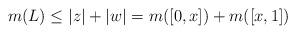
LaTeX: \begin{align*}m(L)\leq |z|+|w|=m([0,x])+m([x,1])\end{align*}